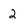
Character: 2